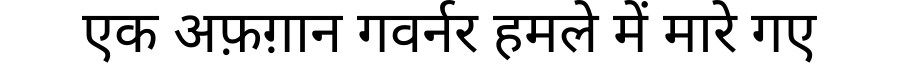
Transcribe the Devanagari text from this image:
एक अफ़ग़ान गवर्नर हमले में मारे गए